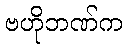
ဗဟိုဘဏ်က